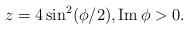
LaTeX: \begin{align*}z=4\sin^2(\phi/2),\mathop{\mathrm{Im}}\phi>0.\end{align*}